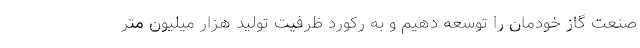
صنعت گاز خودمان را توسعه دهیم و به رکورد ظرفیت تولید هزار میلیون متر